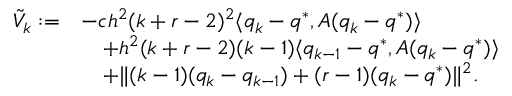
\begin{array} { r l } { \tilde { V } _ { k } : = } & { - c h ^ { 2 } ( k + r - 2 ) ^ { 2 } \langle q _ { k } - q ^ { * } , A ( q _ { k } - q ^ { * } ) \rangle } \\ & { \quad + h ^ { 2 } ( k + r - 2 ) ( k - 1 ) \langle q _ { k - 1 } - q ^ { * } , A ( q _ { k } - q ^ { * } ) \rangle } \\ & { \quad + \| ( k - 1 ) ( q _ { k } - q _ { k - 1 } ) + ( r - 1 ) ( q _ { k } - q ^ { * } ) \| ^ { 2 } . } \end{array}